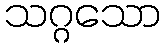
သဂ္ဂသော